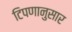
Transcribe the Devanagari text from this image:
टिपणानुसार